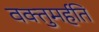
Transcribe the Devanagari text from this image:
वक्तुमर्हति